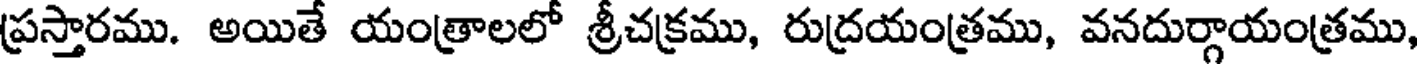
ప్రస్తారము. అయితే యంత్రాలలో శ్రీచక్రము, రుద్రయంత్రము, వనదుర్గాయంత్రము,